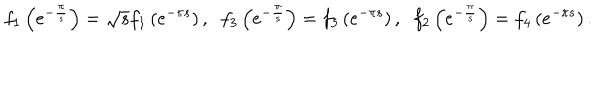
f _ { 1 } \left( e ^ { - \frac { \pi } { s } } \right) = \sqrt { s } f _ { 1 } \left( e ^ { - \pi s } \right) , \; \; f _ { 3 } \left( e ^ { - \frac { \pi } { s } } \right) = f _ { 3 } \left( e ^ { - \pi s } \right) , \; \; f _ { 2 } \left( e ^ { - \frac { \pi } { s } } \right) = f _ { 4 } \left( e ^ { - \pi s } \right) .